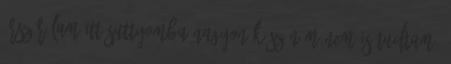
írsz rólam itt suttyomba Nagyon köszönöm Nem is tudtam,